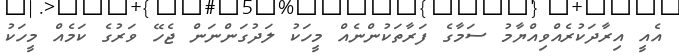
އެއީ އިރާދަކުރެއްވިއްޔާމު ސަމާގެ ފަރާތަކުންނެއް މީހަކު ލަދުގަންނަން ޖެހޭ ވަރުގެ ކަމެއް މީހަކު